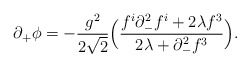
\begin{align*}\partial_{+}\phi =-{g^{2}\over 2\sqrt{2}}\Big({f^{i}\partial^{2}_{-}f^{i}+2\lambda f^{3}\over 2\lambda+\partial_{-}^{2}f^{3}}\Big).\end{align*}